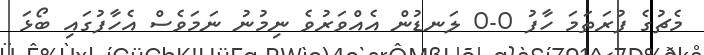
މެޗުގެ ފުރަތަމަ ހާފު 0-0 ލަނޑުން އެއްވަރުވެ ނިމުނު ނަމަވެސް އެހާފުގައި ބޯޅަ